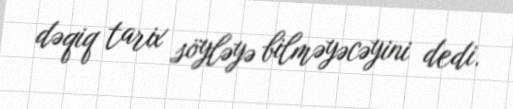
dəqiq tarix söyləyə bilməyəcəyini dedi.